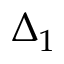
\Delta _ { 1 }